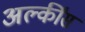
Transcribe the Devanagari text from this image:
अल्कींस